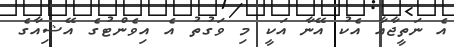
އެ ނަތީޖާއާ އެކު އޭނާ އަކީ މި ވަގުތު އެ އިވެންޓުގެ އޭޝިއާގެ